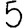
Digit: 5